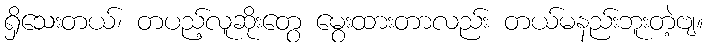
ရှိသေးတယ်၊ တပည့်လူဆိုးတွေ မွေးထားတာလည်း တယ်မနည်းဘူးတဲ့ဗျ။